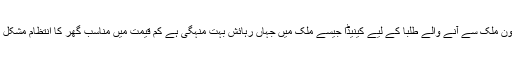
بیرون ملک سے آنے والے طلبا کے لیے کینیڈا جیسے ملک میں جہاں رہائش بہت منہگی ہے کم قیمت میں مناسب گھر کا انتظام مشکل تھا۔